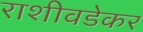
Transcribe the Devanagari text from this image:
राशीवडेकर